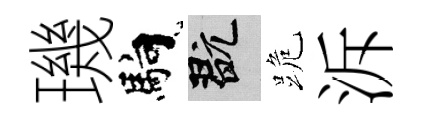
璣馿玩跪泝